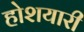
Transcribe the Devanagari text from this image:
होशयारी